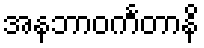
အနဘာဝင်္ကတာနိ